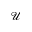
\mathcal { U }